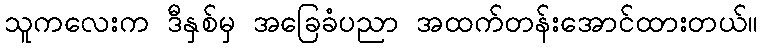
သူကလေးက ဒီနှစ်မှ အခြေခံပညာ အထက်တန်းအောင်ထားတယ်။